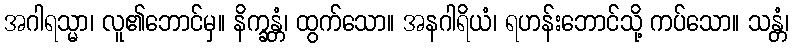
အဂါရသ္မာ၊ လူ၏ဘောင်မှ။ နိက္ခန္တံ၊ ထွက်သော။ အနဂါရိယံ၊ ရဟန်းဘောင်သို့ ကပ်သော။ သန္တံ၊